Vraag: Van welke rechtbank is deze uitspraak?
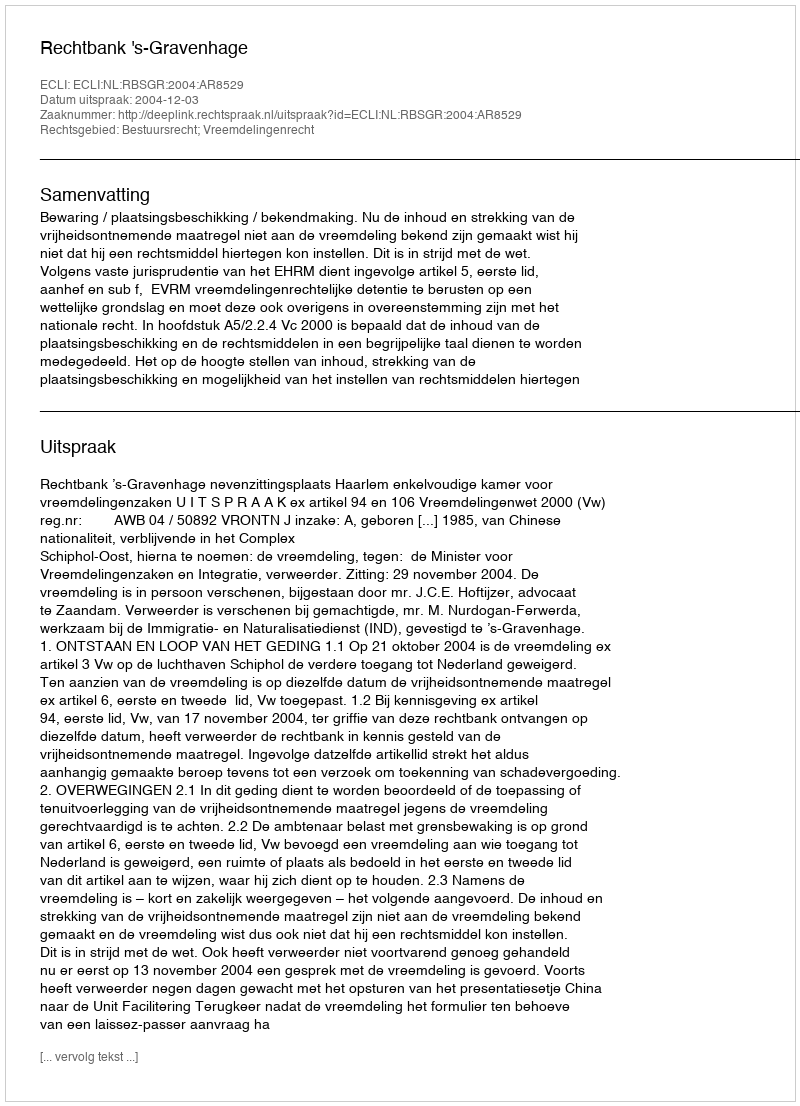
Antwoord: Rechtbank 's-Gravenhage